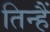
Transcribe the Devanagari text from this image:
तिन्‍हैं